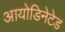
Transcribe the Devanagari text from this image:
आयोडिनेटेड